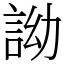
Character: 詏